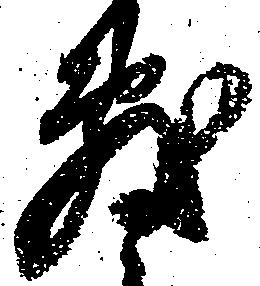
敷